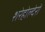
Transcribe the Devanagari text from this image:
शरेहोल्देरों